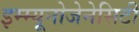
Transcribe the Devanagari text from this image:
इम्म्यूनोजेनेसिटी